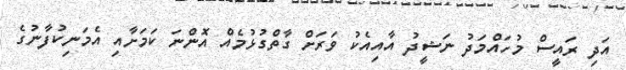
އަދި ރައީސް މުހައްމަދު ނަޝީދު އާއިއެކު ވަރަށް ގާތްގުޅުމެއް އޮންނަ ކަމަށާއި އެމަނިކުފާނުގެ